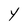
Character: Y